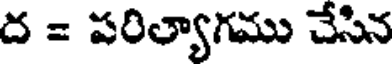
ద = పరిల్యాగము చేసిన